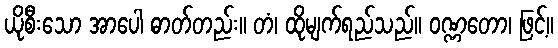
ယိုစီးသော အာပေါ ဓာတ်တည်း။ တံ၊ ထိုမျက်ရည်သည်။ ဝဏ္ဏတော၊ ဖြင့်။